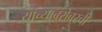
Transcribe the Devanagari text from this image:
यांच्याबरोबरची